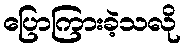
ပြောကြားခဲ့သလို